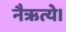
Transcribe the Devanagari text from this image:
नैऋत्ये।